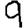
Digit: 9